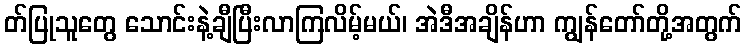
တ်ပြုသူတွေ သောင်းနဲ့ချီပြီးလာကြလိမ့်မယ်၊ အဲဒီအချိန်ဟာ ကျွန်တော်တို့အတွက်